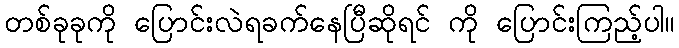
တစ်ခုခုကို ပြောင်းလဲရခက်နေပြီဆိုရင် ကို ပြောင်းကြည့်ပါ။